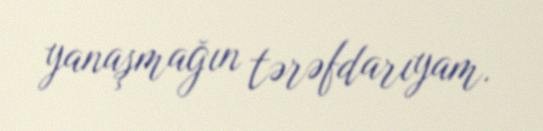
yanaşmağın tərəfdarıyam.